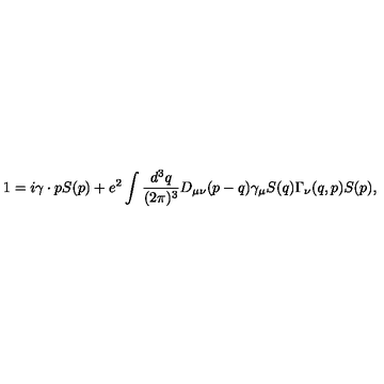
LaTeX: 1 = i \gamma \cdot p S ( p ) + e ^ { 2 } \int \frac { d ^ { 3 } q } { ( 2 \pi ) ^ { 3 } } D _ { \mu \nu } ( p - q ) \gamma _ { \mu } S ( q ) \Gamma _ { \nu } ( q , p ) S ( p ) ,